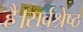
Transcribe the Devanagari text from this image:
है।सर्वश्रेष्ठ